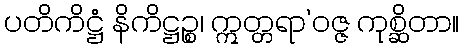
ပတိကိဋ္ဌံ နိကိဋ္ဌဉ္စ၊ ဣတ္တရာ’ဝဇ္ဇ ကုစ္ဆိတာ။